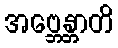
အဗ္ဘေန္တာတိ